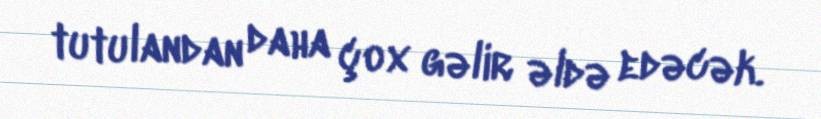
tutulandan daha çox gəlir əldə edəcək.